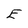
Character: E